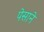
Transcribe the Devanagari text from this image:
पेसाने